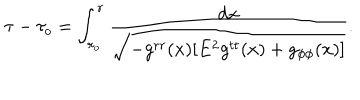
\tau - \tau _ { o } = \int _ { r _ { o } } ^ { r } \frac { d x } { \sqrt { - g ^ { r r } ( x ) [ E ^ { 2 } g ^ { t t } ( x ) + g _ { \phi \phi } ( x ) ] } } .